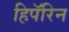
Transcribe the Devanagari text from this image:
हिपॅरिन